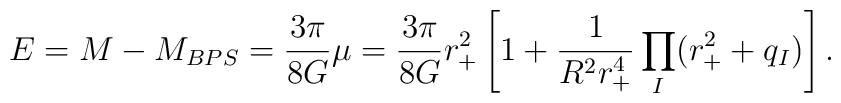
E = M - M_{BPS} = \frac{3\pi}{8G}\mu = \frac{3\pi}{8G}r_+^2\left[1 +                  \frac{1}{R^2r_+^4}\prod_I(r_+^2 + q_I)\right].